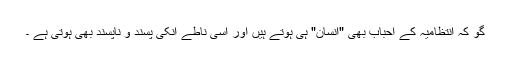
گو کہ انتظامیہ کے احباب بھی "انسان" ہی ہوتے ہیں اور اسی ناطے انکی پسند و ناپسند بھی ہوتی ہے ۔